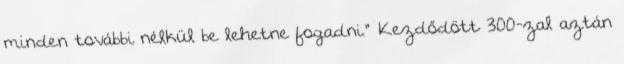
minden további nélkül be lehetne fogadni." Kezdődött 300-zal aztán